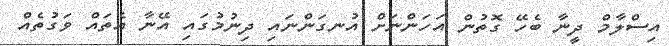
އިސްލާމް ދީނާ ބެހޭ ގޮތުން އަހަންނަށް އުނގަންނައި ދިނުމުގައި އޭނާ އެތައް ވަގުތެއް